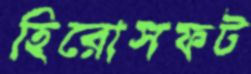
হিরোসফট